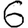
Digit: 6